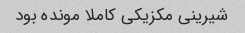
شیرینی مکزیکی کاملا مونده بود